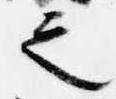
之